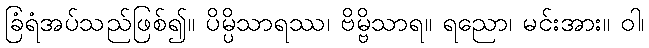
ခြံရံအပ်သည်ဖြစ်၍။ ပိမ္ပိသာရဿ၊ ဗိမ္ဗိသာရ။ ရညော၊ မင်းအား။ ဝါ၊